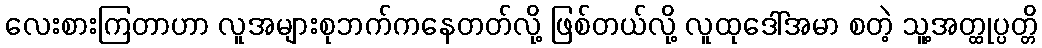
လေးစားကြတာဟာ လူအများစုဘက်ကနေတတ်လို့ ဖြစ်တယ်လို့ လူထုဒေါ်အမာ စတဲ့ သူ့အတ္ထုပ္ပတ္တိ